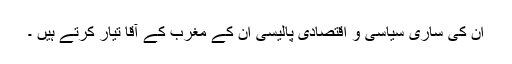
ان کی ساری سیاسی و اقتصادی پالیسی ان کے مغرب کے آقا تیار کرتے ہیں ۔